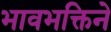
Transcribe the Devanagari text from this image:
भावभक्तिने